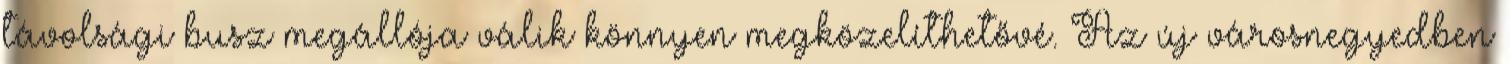
távolsági busz megállója válik könnyen megközelíthetővé. Az új városnegyedben